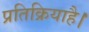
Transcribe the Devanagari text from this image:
प्रतिक्रियाहै।